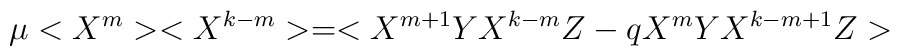
\mu < X^m> <X^{k-m} > = < X^{m+1} Y X^{k-m}  Z - q X^m Y X^{k-m+1} Z>